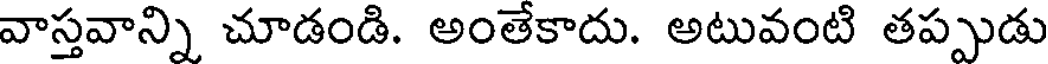
వాస్తవాన్ని చూడండి. అంతేకాదు. అటువంటి తప్పుడు